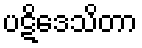
ပဋိဒေသိတာ